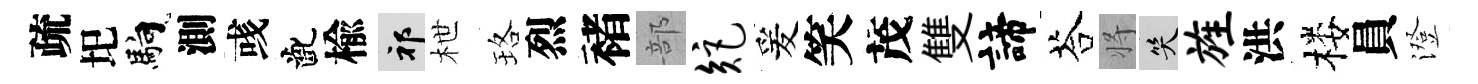
疏圯馿測彧齔楡祁枻珞烈褚部矩爰笑茂雙諦荅将笑旌洪楼員澄